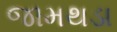
જામથડા